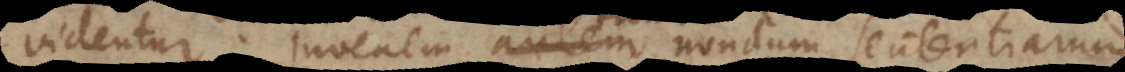
videntur. Iuvenem tamen nondum sententiaru